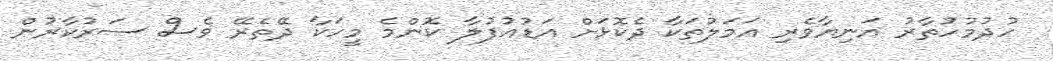
ހުދުމުހުތާރު އަނިޔާވެރި އަމަލުތަކާ ދެކޮޅަށް އަޑުއުފުލާ ކޮންމެ މީހަކާ ދޭތެރޭ ވެސް ސަރުކާރުން